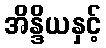
အိန္ဒိယနှင့်